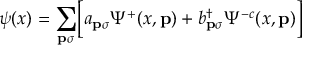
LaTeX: \psi ( x ) = \sum _ { { \bf p } \sigma } \Bigl [ a _ { { \bf p } \sigma } \Psi ^ { + } ( x , { \bf p } ) + b _ { { \bf p } \sigma } ^ { \dagger } \Psi ^ { - c } ( x , { \bf p } ) \Bigr ]